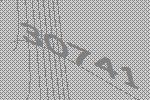
30741